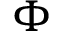
\Phi